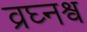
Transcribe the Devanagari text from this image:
व्रघ्नश्व